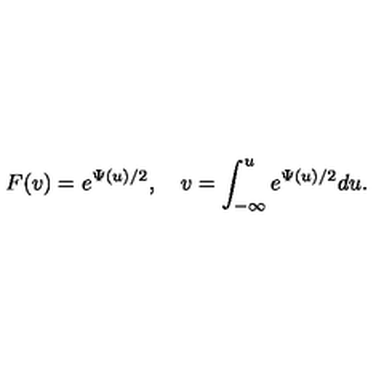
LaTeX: F ( v ) = e ^ { \Psi ( u ) / 2 } , \quad v = \int _ { - \infty } ^ { u } e ^ { \Psi ( u ) / 2 } d u .